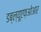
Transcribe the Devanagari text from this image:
डब्ल्यूएफ़ओआर